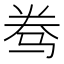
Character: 𱅑